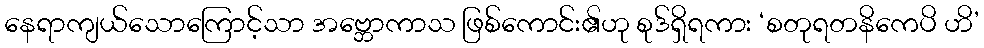
နေရာကျယ်သောကြောင့်သာ အဗ္ဘောကာသ ဖြစ်ကောင်း၏ဟု စုဒ်ရှိရကား ‘စတုရတနိကေပိ ဟိ’